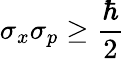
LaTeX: \sigma_{x}\sigma_{p}\geq{\frac{\hbar}{2}}